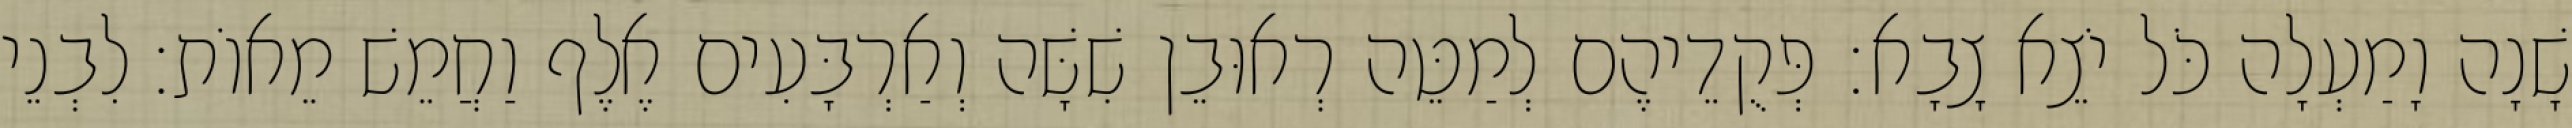
שָׁנָה וָמַעְלָה כֹּל יֹצֵא צָבָא׃ פְּקֻדֵיהֶם לְמַטֵּה רְאוּבֵן שִׁשָּׁה וְאַרְבָּעִים אֶלֶף וַחֲמֵשׁ מֵאוֹת׃ לִבְנֵי